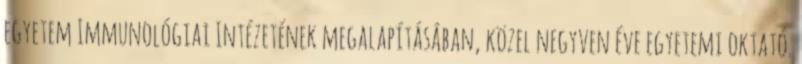
egyetem Immunológiai Intézetének megalapításában, közel negyven éve egyetemi oktató.